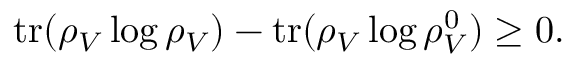
\mathrm { t r } ( \rho _ { V } \log \rho _ { V } ) - \mathrm { t r } ( \rho _ { V } \log \rho _ { V } ^ { 0 } ) \geq 0 .